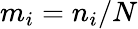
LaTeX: m_{i}=n_{i}/N